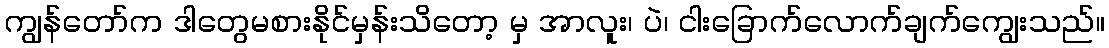
ကျွန်တော်က ဒါတွေမစားနိုင်မှန်းသိတော့ မှ အာလူး၊ ပဲ၊ ငါးခြောက်လောက်ချက်ကျွေးသည်။